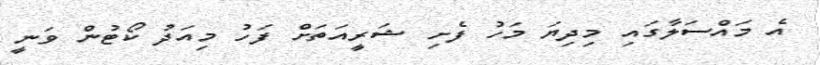
އެ މައްސަލާގައި މިދިޔަ މަހު ފެށި ޝަރީއަތަށް ފަހު މިއަދު ކޯޓުން ވަނީ